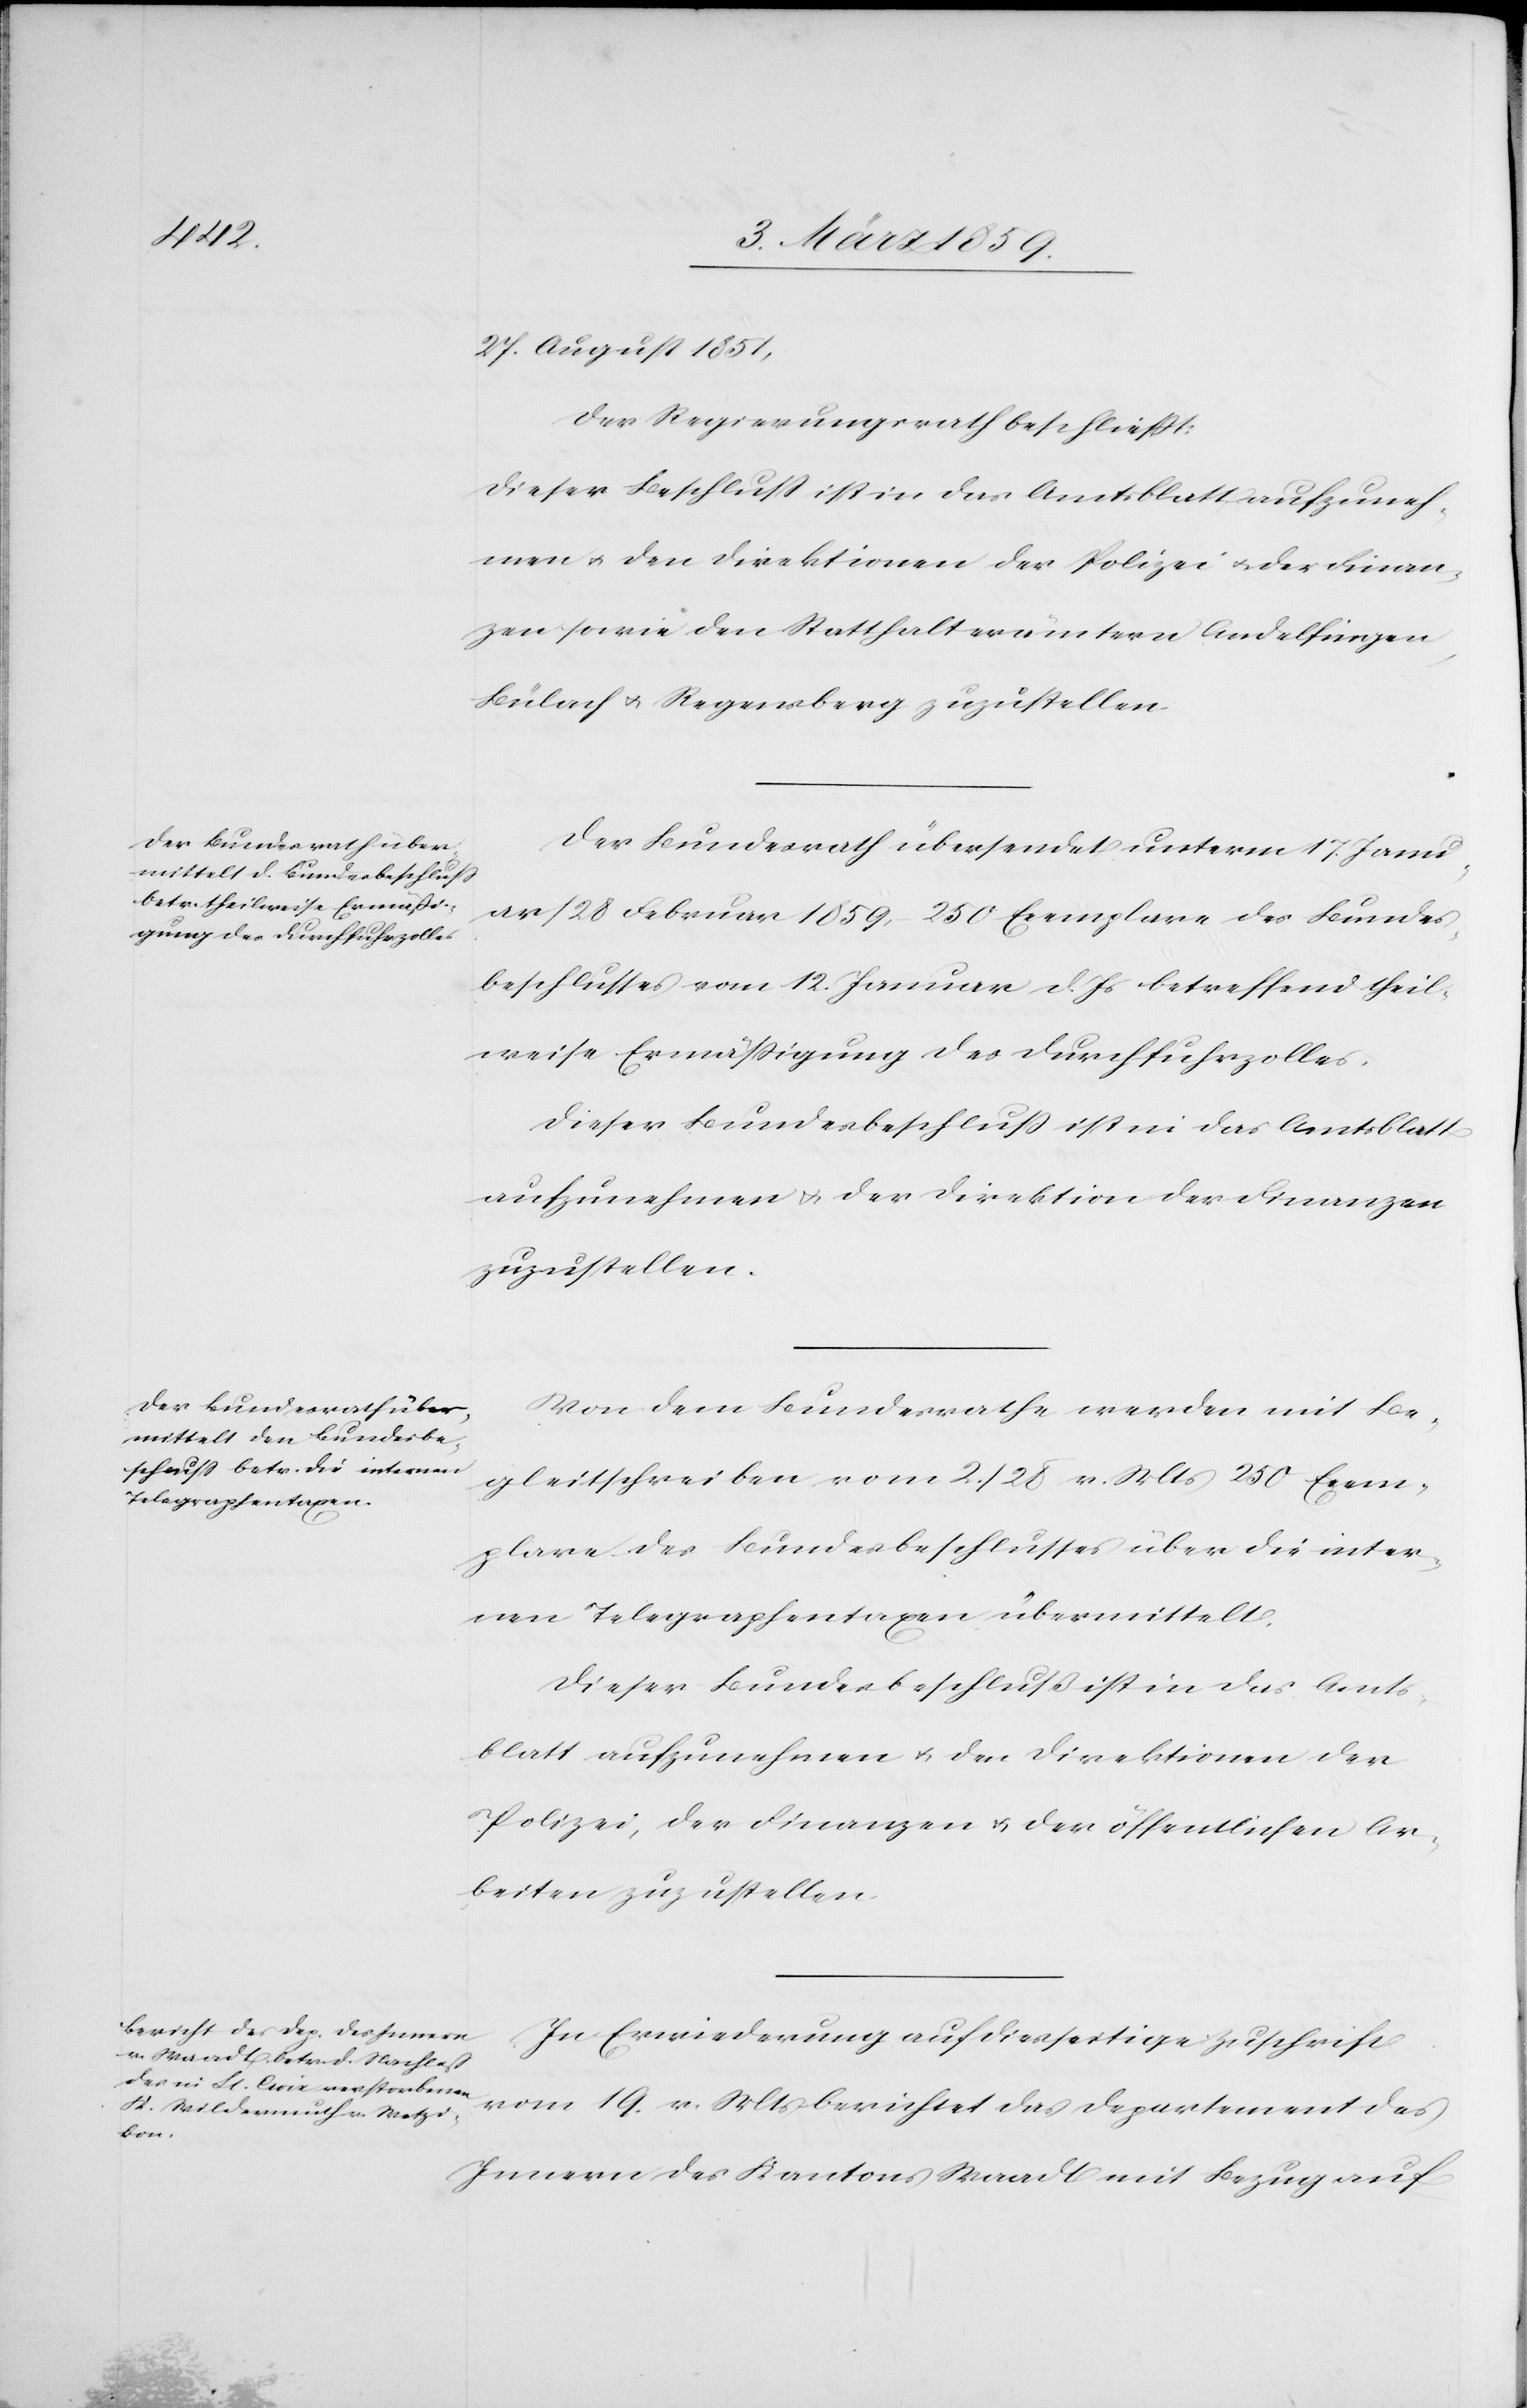
27. August 1851,
Der Regierungsrath beschließt:
Dieser Beschluß ist in das Amtsblatt aufzuneh¬
men u. den Direktionen der Polizei u. der Finan¬
zen sowie den Statthalterämtern Andelfingen,
Bülach u. Regensberg zuzustellen.
Der Bundesrath übersendet unterm 17. Janu¬
ar/28 Februar 1859, 250 Exemplare des Bundes¬
beschlusses vom 12. Januar d. Js betreffend theil¬
weise Ermäßigung des Durchfuhrzolles.
Dieser Bundesbeschluß ist in das Amtsblatt
aufzunehmen u. der Direktion der Finanzen
zuzustellen.
Von dem Bundesrathe werden mit Be¬
gleitschreiben vom 2./28 v. Mts 250 Exem¬
plare des Bundesbeschlusses über die inter¬
nen Telegraphentaxen übermittelt.
Dieser Bundesbeschluß ist in das Amts¬
blatt aufzunehmen u. den Direktionen der
Polizei, der Finanzen u. der öffentlichen Ar¬
beiten zuzustellen.
In Erwiederung auf diesseitige Zuschrift
Innern des Kantons Waadt mit Bezug auf